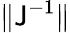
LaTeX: \| \mathsf{J}^{-1}\|